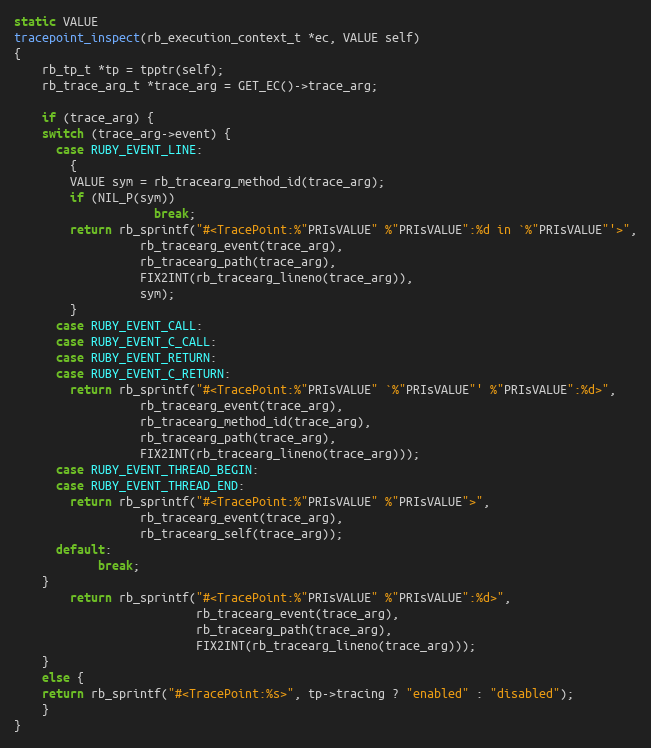
Language: C
static VALUE
tracepoint_inspect(rb_execution_context_t *ec, VALUE self)
{
    rb_tp_t *tp = tpptr(self);
    rb_trace_arg_t *trace_arg = GET_EC()->trace_arg;

    if (trace_arg) {
	switch (trace_arg->event) {
	  case RUBY_EVENT_LINE:
	    {
		VALUE sym = rb_tracearg_method_id(trace_arg);
		if (NIL_P(sym))
                    break;
		return rb_sprintf("#<TracePoint:%"PRIsVALUE" %"PRIsVALUE":%d in `%"PRIsVALUE"'>",
				  rb_tracearg_event(trace_arg),
				  rb_tracearg_path(trace_arg),
				  FIX2INT(rb_tracearg_lineno(trace_arg)),
				  sym);
	    }
	  case RUBY_EVENT_CALL:
	  case RUBY_EVENT_C_CALL:
	  case RUBY_EVENT_RETURN:
	  case RUBY_EVENT_C_RETURN:
	    return rb_sprintf("#<TracePoint:%"PRIsVALUE" `%"PRIsVALUE"' %"PRIsVALUE":%d>",
			      rb_tracearg_event(trace_arg),
			      rb_tracearg_method_id(trace_arg),
			      rb_tracearg_path(trace_arg),
			      FIX2INT(rb_tracearg_lineno(trace_arg)));
	  case RUBY_EVENT_THREAD_BEGIN:
	  case RUBY_EVENT_THREAD_END:
	    return rb_sprintf("#<TracePoint:%"PRIsVALUE" %"PRIsVALUE">",
			      rb_tracearg_event(trace_arg),
			      rb_tracearg_self(trace_arg));
	  default:
            break;
	}
        return rb_sprintf("#<TracePoint:%"PRIsVALUE" %"PRIsVALUE":%d>",
                          rb_tracearg_event(trace_arg),
                          rb_tracearg_path(trace_arg),
                          FIX2INT(rb_tracearg_lineno(trace_arg)));
    }
    else {
	return rb_sprintf("#<TracePoint:%s>", tp->tracing ? "enabled" : "disabled");
    }
}